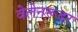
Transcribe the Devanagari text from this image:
वेलेनरूदर